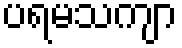
ပရမသကျာ